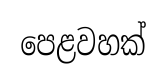
පෙළවහක්